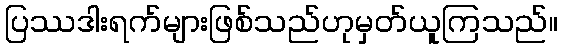
ပြဿဒါးရက်များဖြစ်သည်ဟုမှတ်ယူကြသည်။